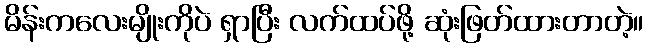
မိန်းကလေးမျိုးကိုပဲ ရှာပြီး လက်ထပ်ဖို့ ဆုံးဖြတ်ထားတာတဲ့။